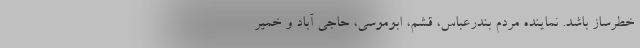
خطرساز باشد. نماینده مردم بندرعباس، قشم، ابوموسی، حاجی آباد و خمیر